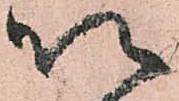
以